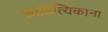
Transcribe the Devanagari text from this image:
साहित्यिकाना